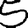
Digit: 5